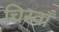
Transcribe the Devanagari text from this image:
चिरवाँ